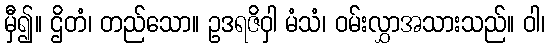
မှီ၍။ ဌိတံ၊ တည်သော။ ဥဒရဇိဝှါ မံသံ၊ ဝမ်းလွှာအသားသည်။ ဝါ၊